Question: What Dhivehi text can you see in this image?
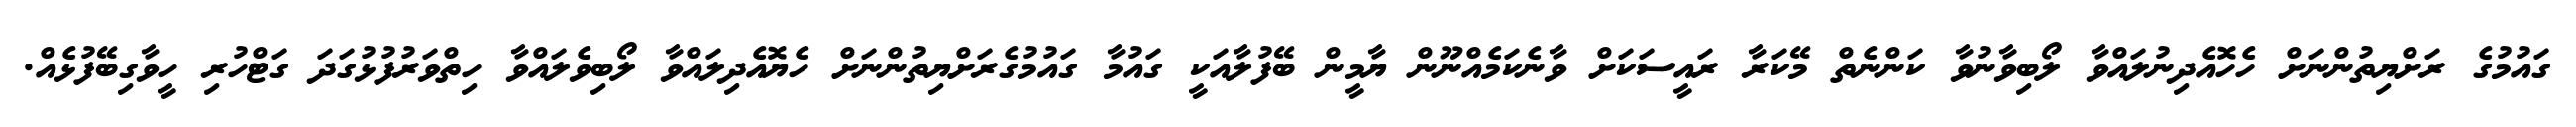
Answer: ގައުމުގެ ރަށްޔިތުންނަށް ހެހޮއެދިނުލައްވާ ލޯބިވާނުވާ ކަންނެތް މޭކަރާ ރައީސަކަށް ވާނެކަމެއްނޫން ޔާމީން ބޭފުލާއަކީ ގައުމާ ގައުމުގެރަށްޔިތުންނަށް ހެޔޮއެދިލައްވާ ލޯބިވެލައްވާ ހިތްވަރުފުޅުގަދަ ގަޓްހުރި ހީވާގިބޭފުޅެއް.